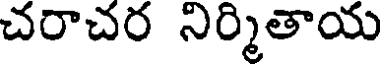
చరాచర నిర్మితాయ